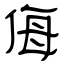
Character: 侮